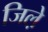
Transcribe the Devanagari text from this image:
जिले़